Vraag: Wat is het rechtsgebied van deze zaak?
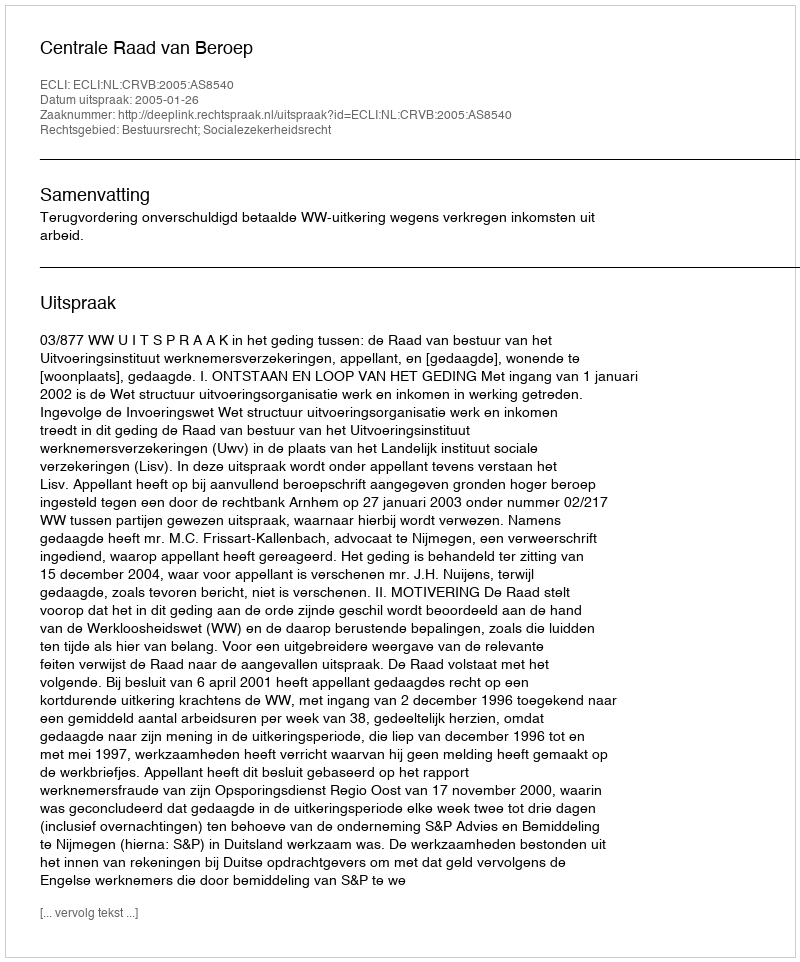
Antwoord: Bestuursrecht; Socialezekerheidsrecht